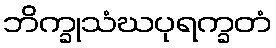
ဘိက္ခုသံဃပုရက္ခတံ